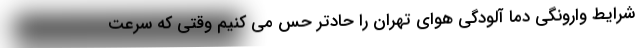
شرایط وارونگی دما آلودگی هوای تهران را حادتر حس می کنیم وقتی که سرعت